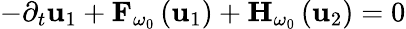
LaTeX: -\partial_{t}\mathbf{u}_{1}+{\mathbf F}_{\omega_{0}}\left({\mathbf u}_{1}\right)+{\mathbf H}_{\omega_{0}}\left({\mathbf u}_{2}\right)=0